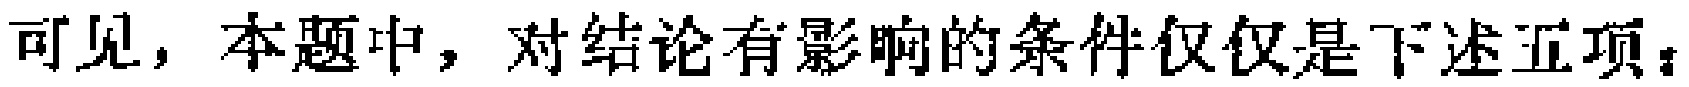
可见，本题中，对结论有影响的条件仅仅是下述五项：